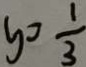
y = \frac { 1 } { 3 }